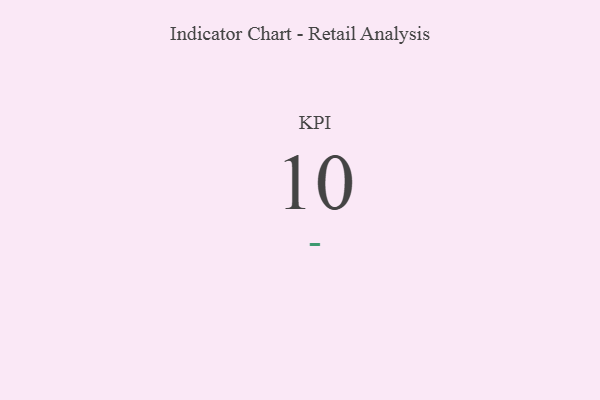
{"axis": {"x": "KPI", "y": "Value"}, "legend": [""], "data": [{"x": "KPI", "y": 10, "type": ""}]}